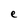
Character: e